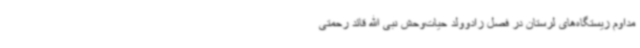
مداوم زیستگاه‌های لرستان در فصل زادوولد حیات‌وحش نبی الله قائد رحمتی